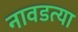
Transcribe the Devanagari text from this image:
नावडत्या